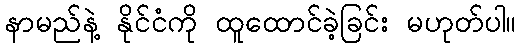
နာမည်နဲ့ နိုင်ငံကို ထူထောင်ခဲ့ခြင်း မဟုတ်ပါ။